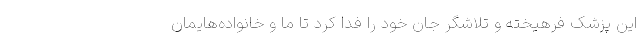
این پزشک فرهیخته و تلاشگر جان خود را فدا کرد تا ما و خانواده‌هایمان